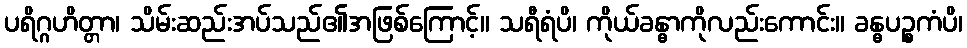
ပရိဂ္ဂဟိတ္တာ၊ သိမ်းဆည်းအပ်သည်၏အဖြစ်ကြောင့်။ သရီရံပိ၊ ကိုယ်ခန္ဓာကိုလည်းကောင်း။ ခန္ဓပဉ္စကံပိ၊